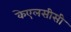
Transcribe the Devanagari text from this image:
केएलसीसी